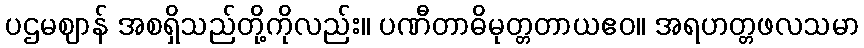
ပဌမဈာန် အစရှိသည်တို့ကိုလည်း။ ပဏီတာဓိမုတ္တတာယဧဝ။ အရဟတ္တဖလသမာ